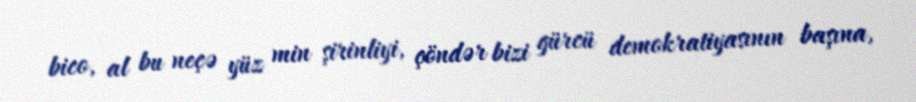
bico, al bu neçə yüz min şirinliyi, çöndər bizi gürcü demokratiyasının başına,